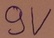
Text: 9V